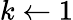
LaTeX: k\gets 1